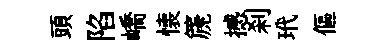
頭陷嶠懐篪撼刹玳傴